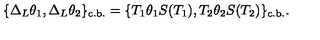
\{ \Delta _ { L } \theta _ { 1 } , \Delta _ { L } \theta _ { 2 } \} _ { \mathrm { c . b . } } = \{ T _ { 1 } \theta _ { 1 } S ( T _ { 1 } ) , T _ { 2 } \theta _ { 2 } S ( T _ { 2 } ) \} _ { \mathrm { c . b . } } .